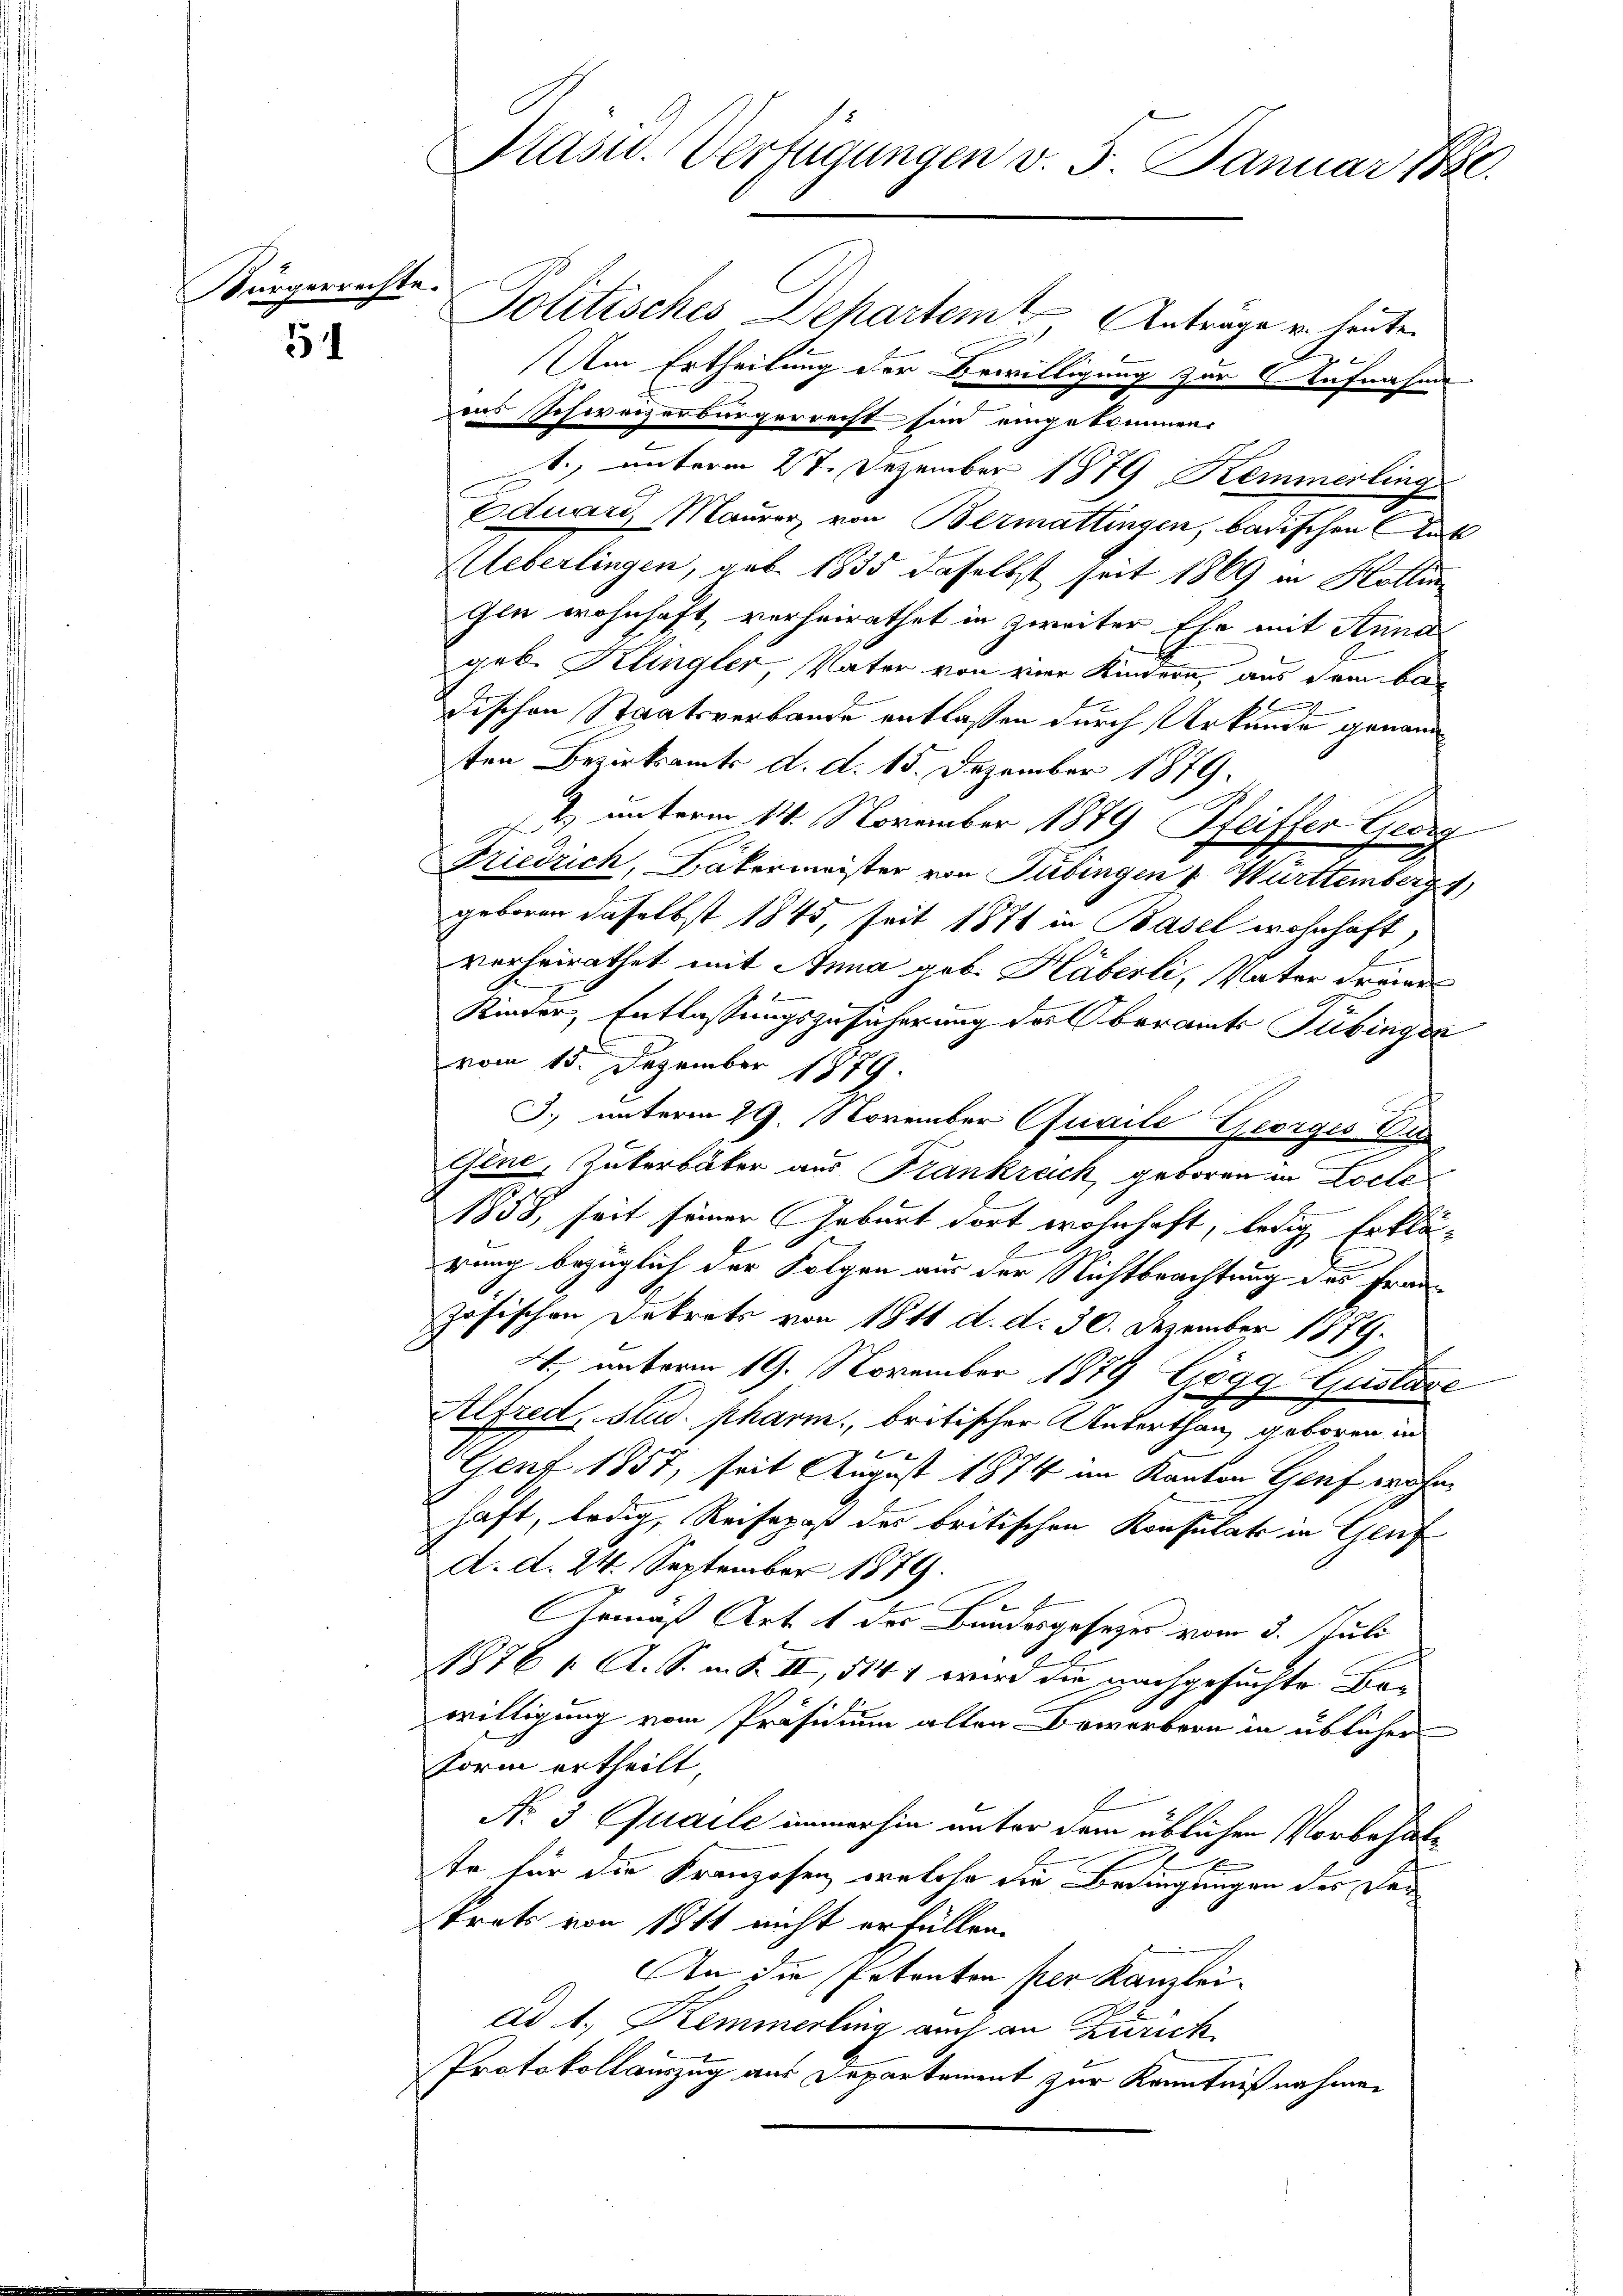
Bürgerrechte.

51

Politisches Departem Anträge u. heute.
Am Ertheilung der Bewilligung zur Aufnahme
ins Schweizerbürgerrecht sind eingekommen.
1., unterm 27. Dezember 1879 Kemmerlina
Eduard Maurer, von Bermattingen, badischen Amts
Ueberlingen, geb. 1835 daselbst seit 1869 in Hottin
Gen wohnhaft, verheirathet in zweiter Ehe mit Anna
geb. Klingler, Vater von vier Kindern, aus dem ban
b
dischen Staatsverbande entlassen durch Urkunde genann
ten Bezirksamts d. d. 15. Dezember 1879.
2) unterm 14. November 1879 Pfeiffer Georg
Friedrich, Bäkermeister von Tübingen u Wurttemberg
geboren daselbst 1845, seit 1871 in Basel wohnhaft,
vorheirathet mit Anna geb. Häberli, Vater dreier
Kinder, Entlassungszusicherung des Oberamts Tübingen
vom 15. Dezember 1879
J. unterm 29. November Quaile Georges Dr
Genc, Zukerbäter aus Frankrach, geboren in Locle
1858, seit seiner Geburt dort wohnhaft, ledig, Erklä
rung bezüglich der Folgen aus der Nichtbrachtung des Französischen Dekrets von 18 11 d. d. 30. Dezember 1879.
4., unterm 19. November 1879 Zögg Gustare
Alfred, Stud. pharin, britischer Unterthan, geboren in
K
Genf 1857, seit August 1874 im Kanton Genf wohn
haft, ledig, Reisepaß des britischen Konsulats in Genf
d. d. 24. September 1879.
Armaß Art. 1 des Bundesgesezes vom 3. Juli
1876 f. A. S. m. K. II, 514 1 wird die nachgesuchte Bewilligung vom Präsidium alten Bewerbern in üblicher
Form ertheilt,
Nr. 3 Quaile immerhin unter dem üblichen Vorbehalte für die Franzosen, welche die Bedingungen der Dar
trats von 1811 nicht erfüllen.
An die Petenton per Kanzlei-
ad 1., Kemmerling auch an Zürich
Protokollauszug aus Departement zur Kenntnißnahmen

Präsid. Verfügungen v. 5. Januar 188